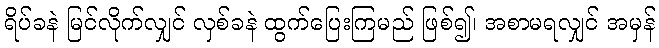
ရိပ်ခနဲ မြင်လိုက်လျှင် လှစ်ခနဲ ထွက်ပြေးကြမည် ဖြစ်၍၊ အစာမရလျှင် အမှန်